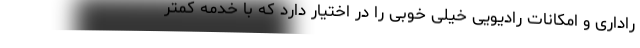
راداری و امکانات رادیویی خیلی خوبی را در اختیار دارد که با خدمه کمتر